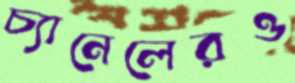
চ্যানেলেরও